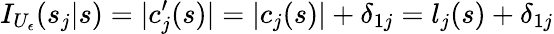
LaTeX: I_{U_{\epsilon}}(s_{j}|s)=|c_{j}^{\prime}(s)|=|c_{j}(s)|+\delta_{1j}=l_{j}(s)+\delta_{1j}